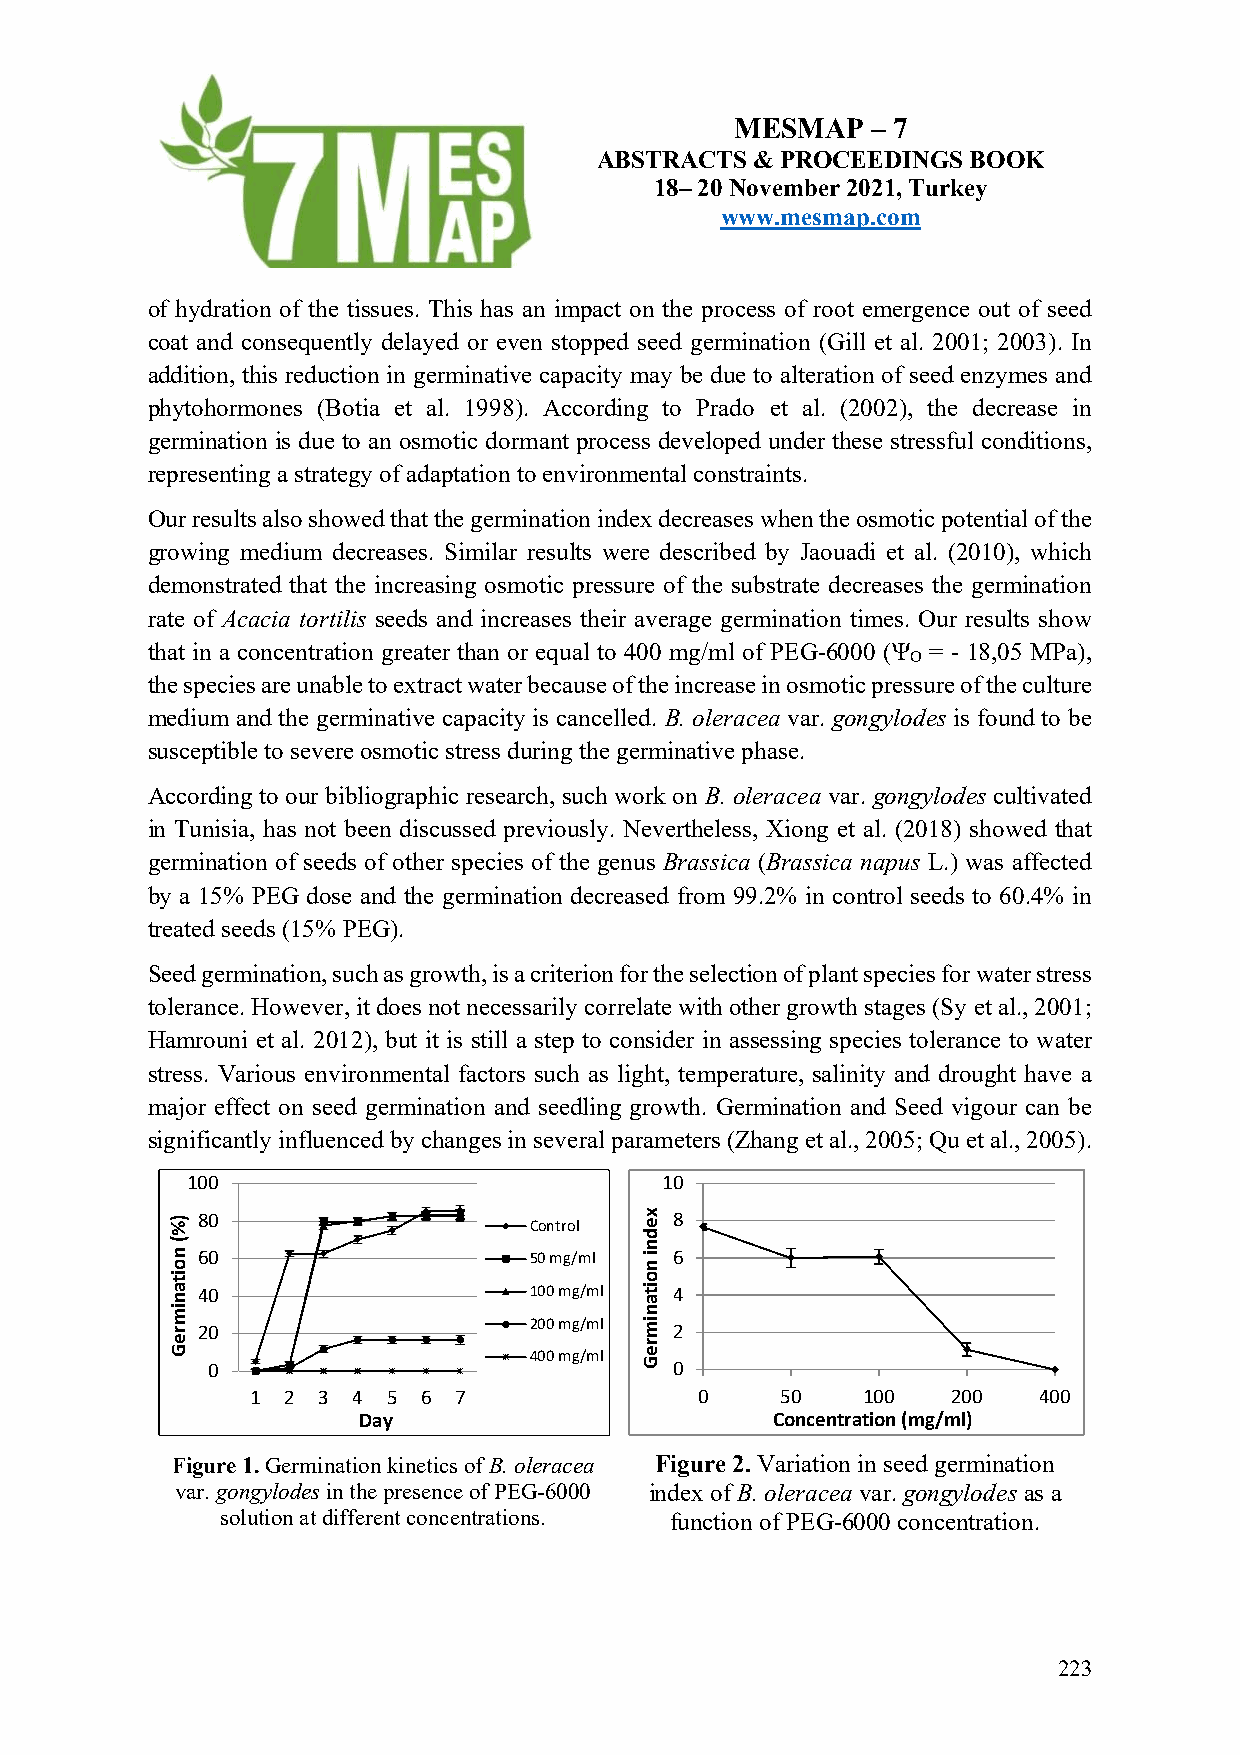
MESMAP   – 7
 ABSTRACTS  & PROCEEDINGS BOOK
 18– 20 November 2021, Turkey
 www.mesmap.com
 of hydration of the tissues. This has an impact on the process of root emergence out of seed
 coat and consequently delayed or even stopped seed germination (Gill et al. 2001; 2003). In
 addition, this reduction in germinative capacity may be due to alteration of seed enzymes and
 phytohormones (Botia et al. 1998). According to Prado et al. (2002), the decrease in
 germination is due to an osmotic dormant process developed under these stressful conditions,
 representing a strategy of adaptation to environmental constraints.
 Our results also showed that the germination index decreases when the osmotic potential of the
 growing medium decreases. Similar results were described by Jaouadi et al. (2010), which
 demonstrated that the increasing osmotic pressure of the substrate decreases the germination
 rate of Acacia tortilis seeds and increases their average germination times. Our results show
 that in a concentration greater than or equal to 400 mg/ml of PEG-6000 (Ψ = - 18,05 MPa),
 O
 the species are unable to extract water because of the increase in osmotic pressure of the culture
 medium and the germinative capacity is cancelled. B. oleracea var. gongylodes is found to be
 susceptible to severe osmotic stress during the germinative phase.
 According to our bibliographic research, such work on B. oleracea var. gongylodes cultivated
 in Tunisia, has not been discussed previously. Nevertheless, Xiong et al. (2018) showed that
 germination of seeds of other species of the genus Brassica (Brassica napus L.) was affected
 by a 15% PEG dose and the germination decreased from 99.2% in control seeds to 60.4% in
 treated seeds (15% PEG).
 Seed germination, such as growth, is a criterion for the selection of plant species for water stress
 tolerance. However, it does not necessarily correlate with other growth stages (Sy et al., 2001;
 Hamrouni et al. 2012), but it is still a step to consider in assessing species tolerance to water
 stress. Various environmental factors such as light, temperature, salinity and drought have a
 major effect on seed germination and seedling growth. Germination and Seed vigour can be
 significantly influenced by changes in several parameters (Zhang et al., 2005; Qu et al., 2005).
 100                             10
 80                              8 Control
 60                    50 mg/ml  6
 40                    100 mg/ml 4
 20                    200 mg/ml 2
 400 mg/ml
 0                              0
 1 2 3 4  5 6 7               0     50   100   200   400
 Day                        Concentration (mg/ml)
 Figure 1. Germination kinetics of B. oleracea Figure 2. Variation in seed germination
 var. gongylodes in the presence of PEG-6000 index of B. oleracea var. gongylodes as a
 solution at different concentrations. function of PEG-6000 concentration.
 223
 )%(
 noitanimreG
 xedni
 noitanimreG